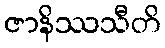
ဇာနိဿသီတိ